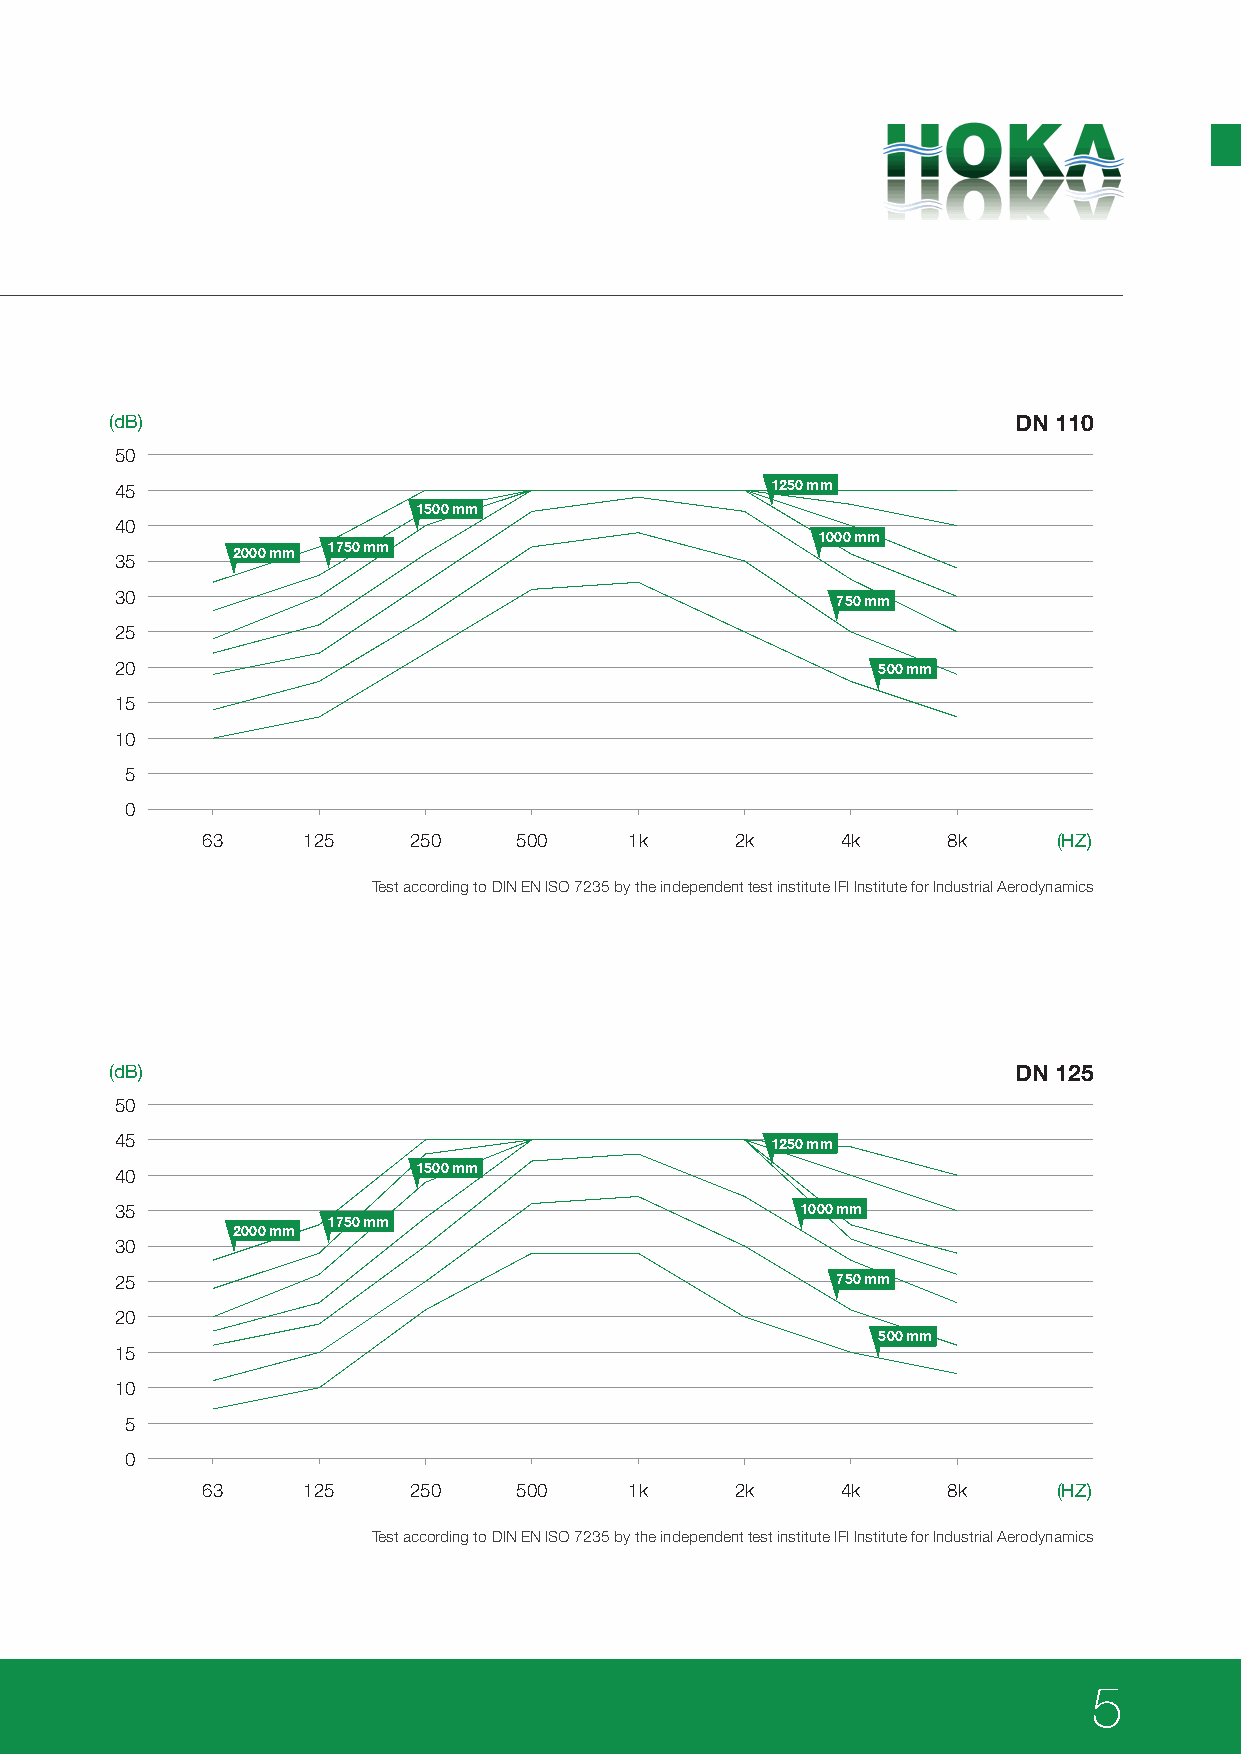
(dB)                                                        DN 110
 50
 45                                         1250 mm
 1500 mm
 40
 1000 mm
 2000 mm 1750 mm
 35
 30                                             750 mm
 25
 20                                                500 mm
 15
 10
 5
 0
 63     125    250    500     1k     2k     4k     8k     (HZ)
 Test according to DIN EN ISO 7235 by the independent test institute IFI Institute for Industrial Aerodynamics
 (dB)                                                        DN 125
 50
 45                                         1250 mm
 40                  1500 mm
 35                                           1000 mm
 1750 mm
 2000 mm
 30
 25                                             750 mm
 20
 500 mm
 15
 10
 5
 0
 63     125    250    500     1k     2k     4k     8k     (HZ)
 Test according to DIN EN ISO 7235 by the independent test institute IFI Institute for Industrial Aerodynamics
 5